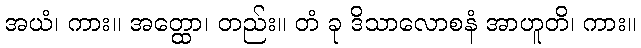
အယံ၊ ကား။ အတ္ထော၊ တည်း။ တံ ခု ဒိသာလောစနံ အာဟူတိ၊ ကား။